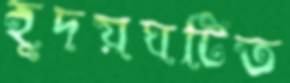
হূদয়ঘটিত